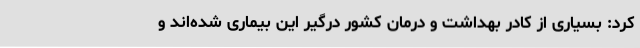
کرد: بسیاری از کادر بهداشت و درمان کشور درگیر این بیماری شده‌اند و